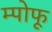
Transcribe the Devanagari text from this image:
म्पोफू